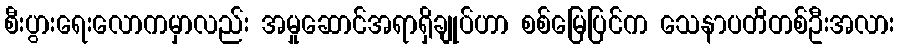
စီးပွားရေးလောကမှာလည်း အမှုဆောင်အရာရှိချုပ်ဟာ စစ်မြေပြင်က သေနာပတိတစ်ဦးအလား